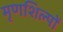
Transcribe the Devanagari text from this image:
मृणशिल्पों